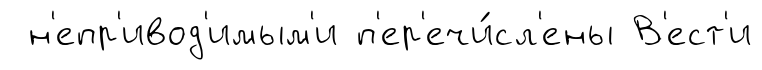
н'епр'ивод'имым'и п'ер'ечи́сл'ены В'ест'и